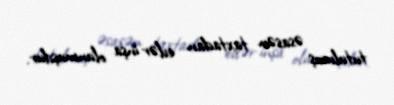
tutulmuş əsasən taxtadan evlər inşa olunmuşdur.